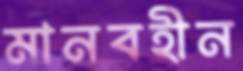
মানবহীন